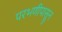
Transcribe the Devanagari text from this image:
परभणीपासून